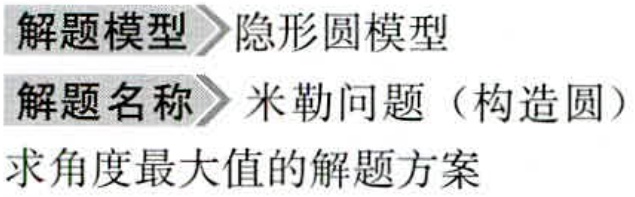
解题模型 隐形圆模型

解题名称 米勒问题（构造圆）

求角度最大值的解题方案